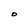
Character: O